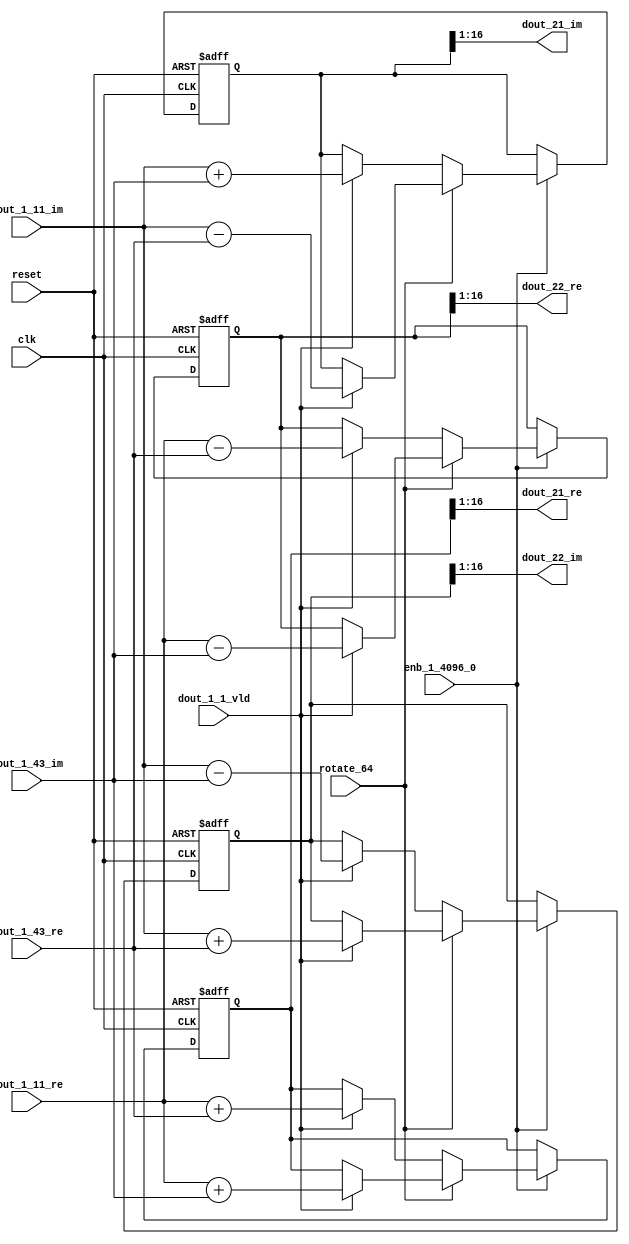
// -------------------------------------------------------------
// 
// 
// Generated by MATLAB 9.14 and HDL Coder 4.1
// 
// -------------------------------------------------------------


// -------------------------------------------------------------
// 
// Module: RADIX22FFT_SDNF2_2_block9
// Source Path: dsphdl.IFFT/RADIX22FFT_SDNF2_2
// Hierarchy Level: 4
// 
// -------------------------------------------------------------

`timescale 1 ns / 1 ns

module RADIX22FFT_SDNF2_2_block9
          (clk,
           reset,
           enb_1_4096_0,
           rotate_64,
           dout_1_11_re,
           dout_1_11_im,
           dout_1_43_re,
           dout_1_43_im,
           dout_1_1_vld,
           dout_21_re,
           dout_21_im,
           dout_22_re,
           dout_22_im);


  input   clk;
  input   reset;
  input   enb_1_4096_0;
  input   rotate_64;  // ufix1
  input   signed [15:0] dout_1_11_re;  // sfix16_En14
  input   signed [15:0] dout_1_11_im;  // sfix16_En14
  input   signed [15:0] dout_1_43_re;  // sfix16_En14
  input   signed [15:0] dout_1_43_im;  // sfix16_En14
  input   dout_1_1_vld;
  output  signed [15:0] dout_21_re;  // sfix16_En14
  output  signed [15:0] dout_21_im;  // sfix16_En14
  output  signed [15:0] dout_22_re;  // sfix16_En14
  output  signed [15:0] dout_22_im;  // sfix16_En14


  reg  Radix22ButterflyG2_NF_din_vld_dly;
  reg signed [16:0] Radix22ButterflyG2_NF_btf1_re_reg;  // sfix17
  reg signed [16:0] Radix22ButterflyG2_NF_btf1_im_reg;  // sfix17
  reg signed [16:0] Radix22ButterflyG2_NF_btf2_re_reg;  // sfix17
  reg signed [16:0] Radix22ButterflyG2_NF_btf2_im_reg;  // sfix17
  reg  Radix22ButterflyG2_NF_din_vld_dly_next;
  reg signed [16:0] Radix22ButterflyG2_NF_btf1_re_reg_next;  // sfix17_En14
  reg signed [16:0] Radix22ButterflyG2_NF_btf1_im_reg_next;  // sfix17_En14
  reg signed [16:0] Radix22ButterflyG2_NF_btf2_re_reg_next;  // sfix17_En14
  reg signed [16:0] Radix22ButterflyG2_NF_btf2_im_reg_next;  // sfix17_En14
  reg signed [15:0] dout_21_re_1;  // sfix16_En14
  reg signed [15:0] dout_21_im_1;  // sfix16_En14
  reg signed [15:0] dout_22_re_1;  // sfix16_En14
  reg signed [15:0] dout_22_im_1;  // sfix16_En14
  reg  dout_2_vld;
  reg signed [16:0] Radix22ButterflyG2_NF_add_cast;  // sfix17_En14
  reg signed [16:0] Radix22ButterflyG2_NF_add_cast_0;  // sfix17_En14
  reg signed [16:0] Radix22ButterflyG2_NF_add_cast_1;  // sfix17_En14
  reg signed [16:0] Radix22ButterflyG2_NF_add_cast_2;  // sfix17_En14
  reg signed [16:0] Radix22ButterflyG2_NF_sub_cast;  // sfix17_En14
  reg signed [16:0] Radix22ButterflyG2_NF_sub_cast_0;  // sfix17_En14
  reg signed [16:0] Radix22ButterflyG2_NF_sub_cast_1;  // sfix17_En14
  reg signed [16:0] Radix22ButterflyG2_NF_sub_cast_2;  // sfix17_En14
  reg signed [16:0] Radix22ButterflyG2_NF_sra_temp;  // sfix17_En14
  reg signed [16:0] Radix22ButterflyG2_NF_add_cast_3;  // sfix17_En14
  reg signed [16:0] Radix22ButterflyG2_NF_add_cast_4;  // sfix17_En14
  reg signed [16:0] Radix22ButterflyG2_NF_add_cast_5;  // sfix17_En14
  reg signed [16:0] Radix22ButterflyG2_NF_add_cast_6;  // sfix17_En14
  reg signed [16:0] Radix22ButterflyG2_NF_sra_temp_0;  // sfix17_En14
  reg signed [16:0] Radix22ButterflyG2_NF_sub_cast_3;  // sfix17_En14
  reg signed [16:0] Radix22ButterflyG2_NF_sub_cast_4;  // sfix17_En14
  reg signed [16:0] Radix22ButterflyG2_NF_sub_cast_5;  // sfix17_En14
  reg signed [16:0] Radix22ButterflyG2_NF_sub_cast_6;  // sfix17_En14
  reg signed [16:0] Radix22ButterflyG2_NF_sra_temp_1;  // sfix17_En14
  reg signed [16:0] Radix22ButterflyG2_NF_sra_temp_2;  // sfix17_En14


  // Radix22ButterflyG2_NF
  always @(posedge clk or posedge reset)
    begin : Radix22ButterflyG2_NF_process
      if (reset == 1'b1) begin
        Radix22ButterflyG2_NF_din_vld_dly <= 1'b0;
        Radix22ButterflyG2_NF_btf1_re_reg <= 17'sb00000000000000000;
        Radix22ButterflyG2_NF_btf1_im_reg <= 17'sb00000000000000000;
        Radix22ButterflyG2_NF_btf2_re_reg <= 17'sb00000000000000000;
        Radix22ButterflyG2_NF_btf2_im_reg <= 17'sb00000000000000000;
      end
      else begin
        if (enb_1_4096_0) begin
          Radix22ButterflyG2_NF_din_vld_dly <= Radix22ButterflyG2_NF_din_vld_dly_next;
          Radix22ButterflyG2_NF_btf1_re_reg <= Radix22ButterflyG2_NF_btf1_re_reg_next;
          Radix22ButterflyG2_NF_btf1_im_reg <= Radix22ButterflyG2_NF_btf1_im_reg_next;
          Radix22ButterflyG2_NF_btf2_re_reg <= Radix22ButterflyG2_NF_btf2_re_reg_next;
          Radix22ButterflyG2_NF_btf2_im_reg <= Radix22ButterflyG2_NF_btf2_im_reg_next;
        end
      end
    end

  always @(Radix22ButterflyG2_NF_btf1_im_reg, Radix22ButterflyG2_NF_btf1_re_reg,
       Radix22ButterflyG2_NF_btf2_im_reg, Radix22ButterflyG2_NF_btf2_re_reg,
       Radix22ButterflyG2_NF_din_vld_dly, dout_1_11_im, dout_1_11_re,
       dout_1_1_vld, dout_1_43_im, dout_1_43_re, rotate_64) begin
    Radix22ButterflyG2_NF_add_cast_1 = 17'sb00000000000000000;
    Radix22ButterflyG2_NF_add_cast_2 = 17'sb00000000000000000;
    Radix22ButterflyG2_NF_sub_cast_1 = 17'sb00000000000000000;
    Radix22ButterflyG2_NF_sub_cast_2 = 17'sb00000000000000000;
    Radix22ButterflyG2_NF_add_cast_5 = 17'sb00000000000000000;
    Radix22ButterflyG2_NF_add_cast_6 = 17'sb00000000000000000;
    Radix22ButterflyG2_NF_sub_cast_5 = 17'sb00000000000000000;
    Radix22ButterflyG2_NF_sub_cast_6 = 17'sb00000000000000000;
    Radix22ButterflyG2_NF_add_cast = 17'sb00000000000000000;
    Radix22ButterflyG2_NF_add_cast_0 = 17'sb00000000000000000;
    Radix22ButterflyG2_NF_sub_cast = 17'sb00000000000000000;
    Radix22ButterflyG2_NF_sub_cast_0 = 17'sb00000000000000000;
    Radix22ButterflyG2_NF_add_cast_3 = 17'sb00000000000000000;
    Radix22ButterflyG2_NF_add_cast_4 = 17'sb00000000000000000;
    Radix22ButterflyG2_NF_sub_cast_3 = 17'sb00000000000000000;
    Radix22ButterflyG2_NF_sub_cast_4 = 17'sb00000000000000000;
    Radix22ButterflyG2_NF_btf1_re_reg_next = Radix22ButterflyG2_NF_btf1_re_reg;
    Radix22ButterflyG2_NF_btf1_im_reg_next = Radix22ButterflyG2_NF_btf1_im_reg;
    Radix22ButterflyG2_NF_btf2_re_reg_next = Radix22ButterflyG2_NF_btf2_re_reg;
    Radix22ButterflyG2_NF_btf2_im_reg_next = Radix22ButterflyG2_NF_btf2_im_reg;
    Radix22ButterflyG2_NF_din_vld_dly_next = dout_1_1_vld;
    if (rotate_64 != 1'b0) begin
      if (dout_1_1_vld) begin
        Radix22ButterflyG2_NF_add_cast_1 = {dout_1_11_re[15], dout_1_11_re};
        Radix22ButterflyG2_NF_add_cast_2 = {dout_1_43_im[15], dout_1_43_im};
        Radix22ButterflyG2_NF_btf1_re_reg_next = Radix22ButterflyG2_NF_add_cast_1 + Radix22ButterflyG2_NF_add_cast_2;
        Radix22ButterflyG2_NF_sub_cast_1 = {dout_1_11_re[15], dout_1_11_re};
        Radix22ButterflyG2_NF_sub_cast_2 = {dout_1_43_im[15], dout_1_43_im};
        Radix22ButterflyG2_NF_btf2_re_reg_next = Radix22ButterflyG2_NF_sub_cast_1 - Radix22ButterflyG2_NF_sub_cast_2;
        Radix22ButterflyG2_NF_add_cast_5 = {dout_1_11_im[15], dout_1_11_im};
        Radix22ButterflyG2_NF_add_cast_6 = {dout_1_43_re[15], dout_1_43_re};
        Radix22ButterflyG2_NF_btf2_im_reg_next = Radix22ButterflyG2_NF_add_cast_5 + Radix22ButterflyG2_NF_add_cast_6;
        Radix22ButterflyG2_NF_sub_cast_5 = {dout_1_11_im[15], dout_1_11_im};
        Radix22ButterflyG2_NF_sub_cast_6 = {dout_1_43_re[15], dout_1_43_re};
        Radix22ButterflyG2_NF_btf1_im_reg_next = Radix22ButterflyG2_NF_sub_cast_5 - Radix22ButterflyG2_NF_sub_cast_6;
      end
    end
    else if (dout_1_1_vld) begin
      Radix22ButterflyG2_NF_add_cast = {dout_1_11_re[15], dout_1_11_re};
      Radix22ButterflyG2_NF_add_cast_0 = {dout_1_43_re[15], dout_1_43_re};
      Radix22ButterflyG2_NF_btf1_re_reg_next = Radix22ButterflyG2_NF_add_cast + Radix22ButterflyG2_NF_add_cast_0;
      Radix22ButterflyG2_NF_sub_cast = {dout_1_11_re[15], dout_1_11_re};
      Radix22ButterflyG2_NF_sub_cast_0 = {dout_1_43_re[15], dout_1_43_re};
      Radix22ButterflyG2_NF_btf2_re_reg_next = Radix22ButterflyG2_NF_sub_cast - Radix22ButterflyG2_NF_sub_cast_0;
      Radix22ButterflyG2_NF_add_cast_3 = {dout_1_11_im[15], dout_1_11_im};
      Radix22ButterflyG2_NF_add_cast_4 = {dout_1_43_im[15], dout_1_43_im};
      Radix22ButterflyG2_NF_btf1_im_reg_next = Radix22ButterflyG2_NF_add_cast_3 + Radix22ButterflyG2_NF_add_cast_4;
      Radix22ButterflyG2_NF_sub_cast_3 = {dout_1_11_im[15], dout_1_11_im};
      Radix22ButterflyG2_NF_sub_cast_4 = {dout_1_43_im[15], dout_1_43_im};
      Radix22ButterflyG2_NF_btf2_im_reg_next = Radix22ButterflyG2_NF_sub_cast_3 - Radix22ButterflyG2_NF_sub_cast_4;
    end
    Radix22ButterflyG2_NF_sra_temp = Radix22ButterflyG2_NF_btf1_re_reg >>> 8'd1;
    dout_21_re_1 = Radix22ButterflyG2_NF_sra_temp[15:0];
    Radix22ButterflyG2_NF_sra_temp_0 = Radix22ButterflyG2_NF_btf1_im_reg >>> 8'd1;
    dout_21_im_1 = Radix22ButterflyG2_NF_sra_temp_0[15:0];
    Radix22ButterflyG2_NF_sra_temp_1 = Radix22ButterflyG2_NF_btf2_re_reg >>> 8'd1;
    dout_22_re_1 = Radix22ButterflyG2_NF_sra_temp_1[15:0];
    Radix22ButterflyG2_NF_sra_temp_2 = Radix22ButterflyG2_NF_btf2_im_reg >>> 8'd1;
    dout_22_im_1 = Radix22ButterflyG2_NF_sra_temp_2[15:0];
    dout_2_vld = Radix22ButterflyG2_NF_din_vld_dly;
  end



  assign dout_21_re = dout_21_re_1;

  assign dout_21_im = dout_21_im_1;

  assign dout_22_re = dout_22_re_1;

  assign dout_22_im = dout_22_im_1;

endmodule  // RADIX22FFT_SDNF2_2_block9